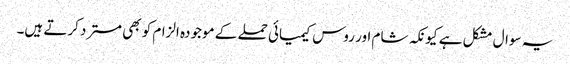
یہ سوال مشکل ہے کیونکہ شام اور روس کیمیائی حملے کے موجودہ الزام کو بھی مسترد کرتے ہیں۔